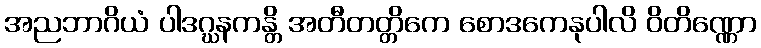
အညဘာဂိယံ ပါဒဂ္ဃနကန္တိ အတီတတ္တိကေ စောဒကေနုပါလိ ဝိတိဏ္ဏော